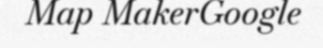
Map MakerGoogle